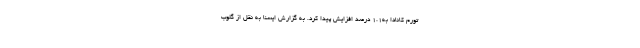
تورم کانادا به۱.۱ درصد افزایش پیدا کرد. به گزارش ایسنا به نقل از گلوب